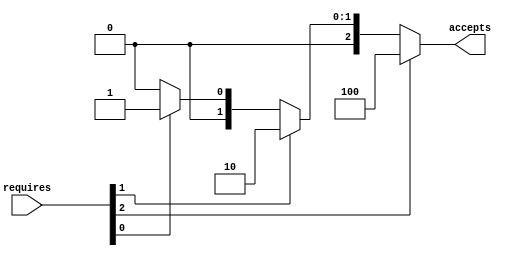
module CDBHelper(
    input [2:0]requires,
    output reg [2:0] accepts
);
    always@(*) begin
        if (requires[2])
            accepts = 3'b100;
        else if (requires[1])
            accepts = 3'b010;
        else if (requires[0])
            accepts = 3'b001;
        else
            accepts = 3'b000;
    end
endmodule